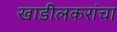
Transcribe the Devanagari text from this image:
खाडीलकरांचा